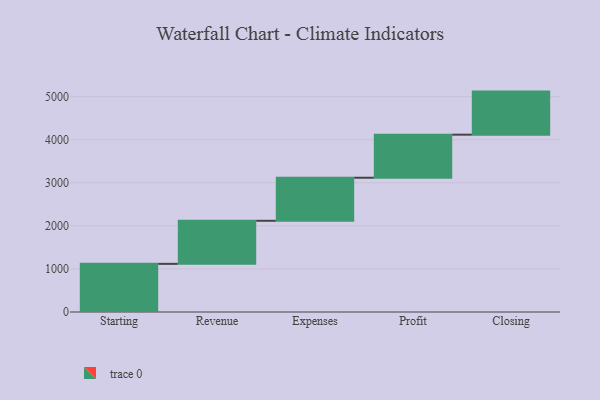
{"axis": {"x": "Step", "y": "Value"}, "legend": [""], "data": [{"x": "Starting", "y": 1118.0, "type": ""}, {"x": "Revenue", "y": 1000, "type": ""}, {"x": "Expenses", "y": 1000, "type": ""}, {"x": "Profit", "y": 1000, "type": ""}, {"x": "Closing", "y": 1000, "type": ""}]}